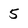
Character: 5